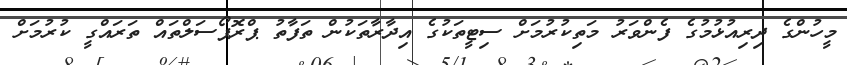
މީހުންގެ ދިރިއުޅުމުގެ ފެންވަރު މަތިކުރުމަށް ސިޓީތަކުގެ އިދާރާތަކުން ތަފާތު ޕްރޮޕޯސަލްތައް ތަރައްގީ ކުރުމަށް